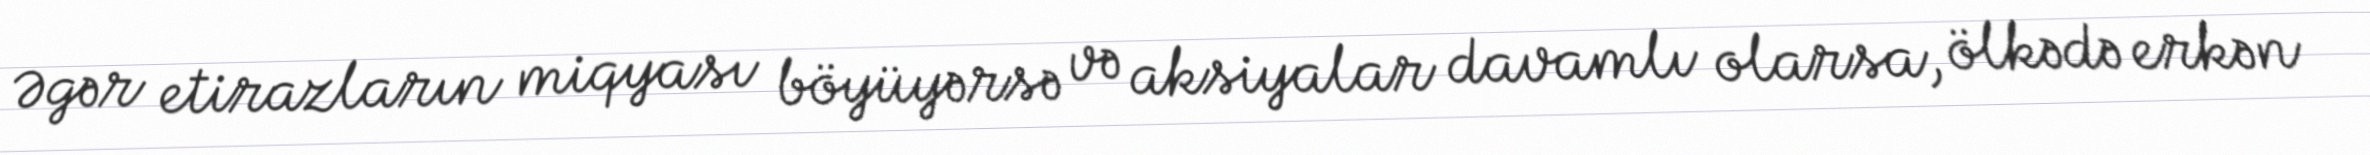
Əgər etirazların miqyası böyüyərsə və aksiyalar davamlı olarsa, ölkədə erkən